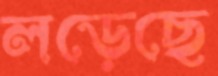
লড়েছে